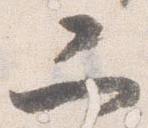
二